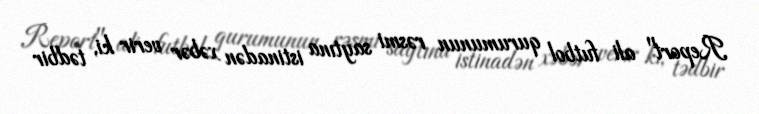
Report" ali futbol qurumunun rəsmi saytına istinadən xəbər verir ki, tədbir